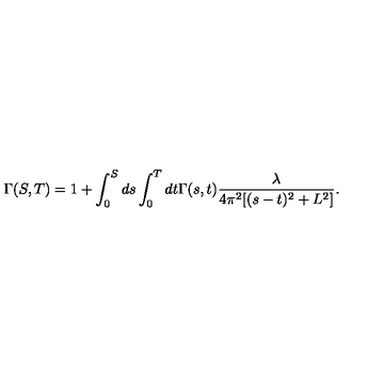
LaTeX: \Gamma ( S , T ) = 1 + \int _ { 0 } ^ { S } d s \int _ { 0 } ^ { T } d t \Gamma ( s , t ) \frac { \lambda } { 4 \pi ^ { 2 } [ ( s - t ) ^ { 2 } + L ^ { 2 } ] } .